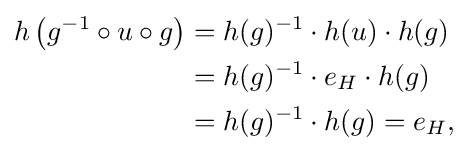
{\begin{aligned}h\left(g^{-1}\circ u\circ g\right)&=h(g)^{-1}\cdot h(u)\cdot h(g)\\&=h(g)^{-1}\cdot e_{H}\cdot h(g)\\&=h(g)^{-1}\cdot h(g)=e_{H},\end{aligned}}